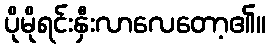
ပိုမိုရင်းနှီးလာလေတော့၏။